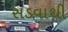
સડવાથી